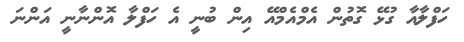
ހަފްލާއާ ގުޅޭ ގޮތުން އެމްއެމްއޭ އިން ބުނީ އެ ހަފްލާ އޮންނާނީ އަންނަ